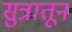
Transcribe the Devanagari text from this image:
सुत्रातून